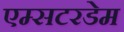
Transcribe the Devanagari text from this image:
एम्सटरडेम